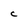
Character: C